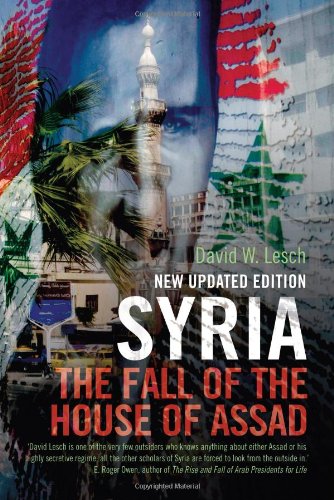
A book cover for Syria: The Fall of the House of Assad; New Updated Edition; David W. Lesch; History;